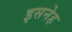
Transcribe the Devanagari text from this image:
इसनेह